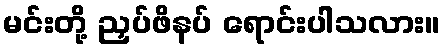
မင်းတို့ ညှပ်ဖိနပ် ရောင်းပါသလား။